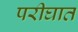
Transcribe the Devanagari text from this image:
परीघात